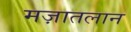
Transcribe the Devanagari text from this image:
मज़ातलान